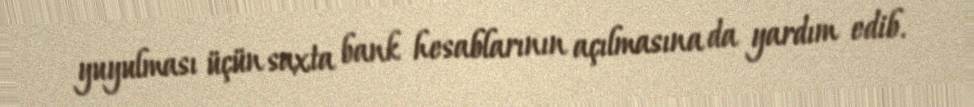
yuyulması üçün saxta bank hesablarının açılmasına da yardım edib.